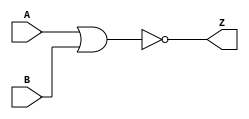
`timescale 1ns / 1ps

module nor16(
    input [15:0] A,
    input [15:0] B,
    output [15:0] Z
    );
    assign Z = ~(A | B);
endmodule